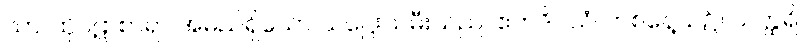
သာ၊ ထိုပဋာစာရာ အမည်ရှိသော သဋ္ဌေးသမီးသည်။ ဧကဒိဝသံ၊ တစ်နေ့သ၌။ သတ္ထရိ၊